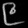
Digit: ၉